system: You are a helpful assistant.
user:
Analyze the provided spectrum to determine if it is a **White Dwarf (WD)**.

A White Dwarf spectrum is defined by its **extreme purity** (due to gravitational settling) and/or **extreme pressure broadening** (due to high surface gravity). You must check for one of the following mutually exclusive signatures:

- **Key Visual Indicators (Check for ONE of these types):**

    - **1. DA-Type Signature (Most Common):**
        - **(Primary Feature):** Extreme pressure broadening (Stark broadening) of the **Hydrogen (H) Balmer lines**.
        - **(Key Lines):** $H\beta$ (approx. $4861$ Å) and $H\gamma$ (approx. $4340$ Å). $H\alpha$ (approx. $6563$ Å) will also be present if the wavelength range covers it.
        - **(Line Profile):** This is the **defining feature**. The lines are **NOT** sharp. They appear as massive, **extremely broad and deep "troughs" or "dips"** in the spectrum, often hundreds of Ångströms wide. The continuum will appear to "scoop" down at these wavelengths.
        - **(Distinction):** Normal A-type or B-type stars have *narrow* and *sharp* Hydrogen lines. A DA White Dwarf's lines are unmistakably "smeared" or "blurry" from pressure.

    - **2. DB-Type Signature:**
        - **(Primary Feature):** Broad absorption lines from **Neutral Helium (He I)**. The spectrum must lack any visible Hydrogen lines.
        - **(Key Lines):** Look for broad absorption near $4471$ Å, $4921$ Å, and $5876$ Å.
        - **(Line Profile):** These lines are also significantly pressure-broadened, appearing much wider than they would in a normal B-type main-sequence star.

    - **3. DC-Type Signature:**
        - **(Primary Feature):** A **featureless continuous spectrum**.
        - **(Line Profile):** The spectrum is a smooth curve with **no significant absorption or emission lines**.
        - **(Key Confirmation):** The continuum is almost always **blue or white**, indicating a hot object. This signature implies the atmosphere is so pure (or so cool) that no spectral lines are visible in the optical range. Its WD identity is confirmed by its extremely low intrinsic brightness (high absolute magnitude).

    - **4. DZ-Type Signature (Metal-Polluted):**
        - **(Primary Feature):** **Isolated, narrow metal absorption lines** on an otherwise featureless (DC-like) continuum.
        - **(Key Lines):** The **Calcium (Ca II) H & K doublet** (approx. **$3934$ Å** and **$3968$ Å**) is the most common and defining feature.
        - **(Line Profile):** These lines are "out of place." They are *not* part of a "forest" of thousands of lines. This signature is evidence of recent *accretion* (pollution) from rocky debris.
        - **(Distinction):** Normal G/K/M stars have a *dense forest* of thousands of metal lines. A DZ has a *clean* continuum with *only a few* strong metal lines.

    - **5. DQ-Type Signature (Carbon-Polluted):**
        - **(Primary Feature):** Absorption bands from **Carbon (C₂ "Swan Bands" or atomic C I)**.
        - **(Key Lines - C₂):** Look for bandheads with a "saw-tooth" shape near $5635$ Å, **$5165$ Å** (strongest), and $4737$ Å.
        - **(Key Confirmation):** The underlying **continuum must be blue or white** (hot).
        - **(Distinction):** This is the critical difference from a **Carbon Star**, which has the *exact same* C₂ bands but on an extremely **red, cool** continuum.

- **(Overall Spectrum):**
    - The continuum (overall shape) is typically **blue-sloping** (brighter in the blue than the red), as most white dwarfs are very hot.
    - The spectrum will look "pure" or "simple," dominated by only *one* of the five signatures listed above.

Think first, call **spectral_visualization_tool** if needed to examine features in detail, then provide your final answer. Your response must adhere to the following strict rules:
1.  **Overall Structure:** Your response must follow the format `<think>...</think> <tool_call>...</tool_call> (if a tool is used) <answer>...</answer>`.
2.  **Tool Usage Constraint:** You may only make **one** tool call per turn.
3.  **Final Answer Format:** In the `<answer>` tag, your conclusion must be inside a `\boxed{}` command (e.g., `\boxed{YES}` or `\boxed{NO}`), followed by your justification.

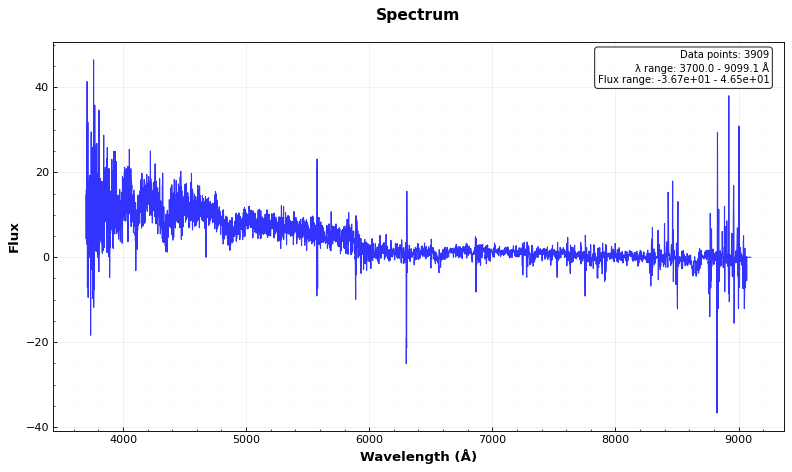
Answer: YES